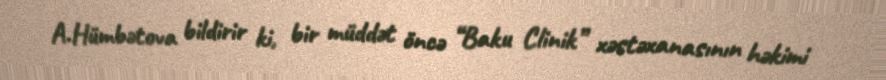
A.Hümbətova bildirir ki, bir müddət öncə “Baku Clinik” xəstəxanasının həkimi